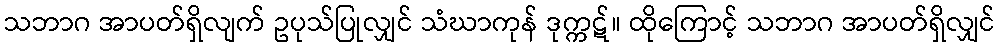
သဘာဂ အာပတ်ရှိလျက် ဥပုသ်ပြုလျှင် သံဃာကုန် ဒုက္ကဋ်။ ထိုကြောင့် သဘာဂ အာပတ်ရှိလျှင်